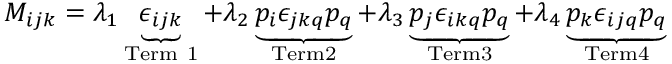
M _ { i j k } = \lambda _ { 1 } \underbrace { \epsilon _ { i j k } } _ { \mathrm { T e r m ~ 1 } } + \lambda _ { 2 } \underbrace { p _ { i } \epsilon _ { j k q } p _ { q } } _ { \mathrm { T e r m 2 } } + \lambda _ { 3 } \underbrace { p _ { j } \epsilon _ { i k q } p _ { q } } _ { \mathrm { T e r m 3 } } + \lambda _ { 4 } \underbrace { p _ { k } \epsilon _ { i j q } p _ { q } } _ { \mathrm { T e r m 4 } }